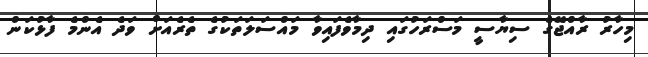
މިހާރު ރާއްޖޭގެ ސިޔާސީ މަސްރަހުގައި ދިމާވެފައިވާ މައްސަލަތަކުގެ ތެރެއަށް ވަދެ އެންމެ ފާޅުކަން